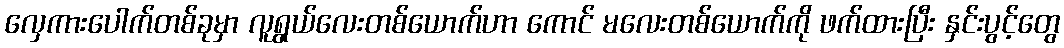
လှေကားပေါက်တစ်ခုမှာ လူရွယ်လေးတစ်ယောက်ဟာ ကောင် မလေးတစ်ယောက်ကို ဖက်ထားပြီး နှင်းပွင့်တွေ